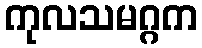
ကုလသမဂ္ဂက